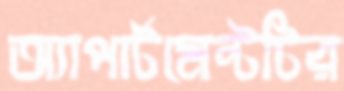
অ্যাপার্টমেন্টটির